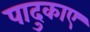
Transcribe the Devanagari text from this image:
पादुकाए